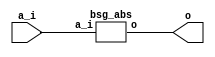
// This program was cloned from: https://github.com/chipsalliance/synlig
// License: Apache License 2.0



module top
(
  a_i,
  o
);

  input [15:0] a_i;
  output [15:0] o;

  bsg_abs
  wrapper
  (
    .a_i(a_i),
    .o(o)
  );


endmodule



module bsg_abs
(
  a_i,
  o
);

  input [15:0] a_i;
  output [15:0] o;
  wire [15:0] o;
  wire N0,N1,N2,N3,N4,N5,N6,N7,N8,N9,N10,N11,N12,N13,N14,N15,N16,N17,N18,N19,N20,N21,
  N22,N23,N24,N25,N26,N27,N28,N29,N30,N31,N32,N33;
  assign { N2, N3, N4, N5, N6, N7, N8, N9, N10, N11, N12, N13, N14, N15, N16, N17 } = { 1'b1, 1'b1, 1'b1, 1'b1, 1'b1, 1'b1, 1'b1, 1'b1, 1'b1, 1'b1, 1'b1, 1'b1, 1'b1, 1'b1, 1'b1, 1'b1 } - a_i;
  assign { N33, N32, N31, N30, N29, N28, N27, N26, N25, N24, N23, N22, N21, N20, N19, N18 } = { N2, N3, N4, N5, N6, N7, N8, N9, N10, N11, N12, N13, N14, N15, N16, N17 } + 1'b1;
  assign o = (N0)? { N33, N32, N31, N30, N29, N28, N27, N26, N25, N24, N23, N22, N21, N20, N19, N18 } : 
             (N1)? a_i : 1'b0;
  assign N0 = a_i[15];
  assign N1 = ~a_i[15];

endmodule